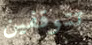
تتوقفين